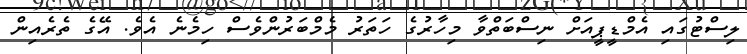
ލިސްޓުގައި އެމްޑީޕީއަށް ނިސްބަތްވާ މިހާރުގެ ހަަތަރު މެމްބަރުންވެސް ހިމެނެ އެވެ. އޭގެ ތެރެއިން